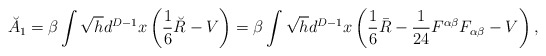
\begin{align*}\breve{A}_1=\beta \int \sqrt{h}d^{D-1}x\left(\frac 16 \breve{R}-V\right)=\beta \int \sqrt{h}d^{D-1}x\left(\frac 16 \bar{R}-{1 \over 24}F^{\alpha\beta}F_{\alpha\beta}-V\right),\end{align*}